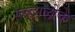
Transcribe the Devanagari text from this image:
रुद्धालोके